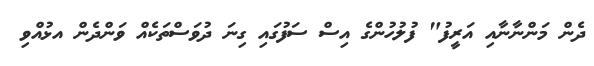
ދެން މަންނާނާއި އަރީފު" ފުލުހުންގެ އިސް ސަފުގައި ގިނަ ދުވަސްތަކެއް ވަންދެން އޅުއްވި